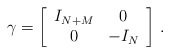
\begin{align*}\gamma = \biggl[ \begin{array}{cc} I_{N+M} & 0 \\ 0 & - I_N \end{array}\biggr]\ .\end{align*}